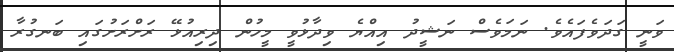
ވަނީ ގަދަވެފައެވެ. ނަމަވެސް ނަޝީދު އިއްޔެ ވިދާޅުވީ މީހުން ދިރިއުޅޭ ރަށްރަށުގައި ބަނގުރާ